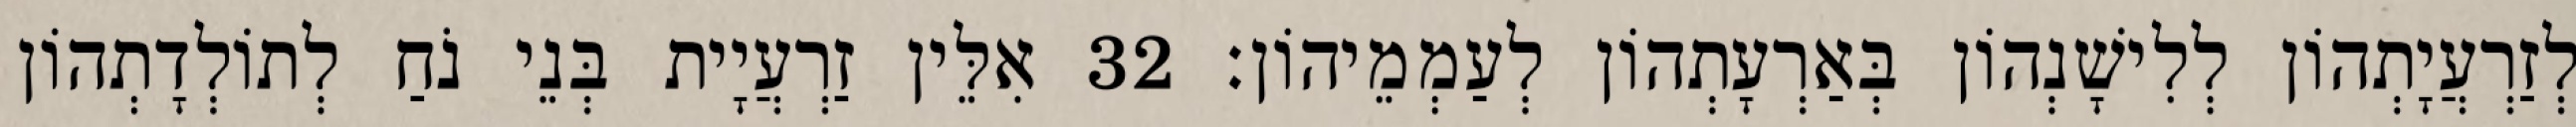
לְזַרְעֲיָתְהוֹן לְלִישָׁנְהוֹן בְּאַרְעָתְהוֹן לְעַמְמֵיהוֹן׃ 32 אִלֵּין זַרְעֲיָית בְּנֵי נֹחַ לְתוֹלְדָתְהוֹן